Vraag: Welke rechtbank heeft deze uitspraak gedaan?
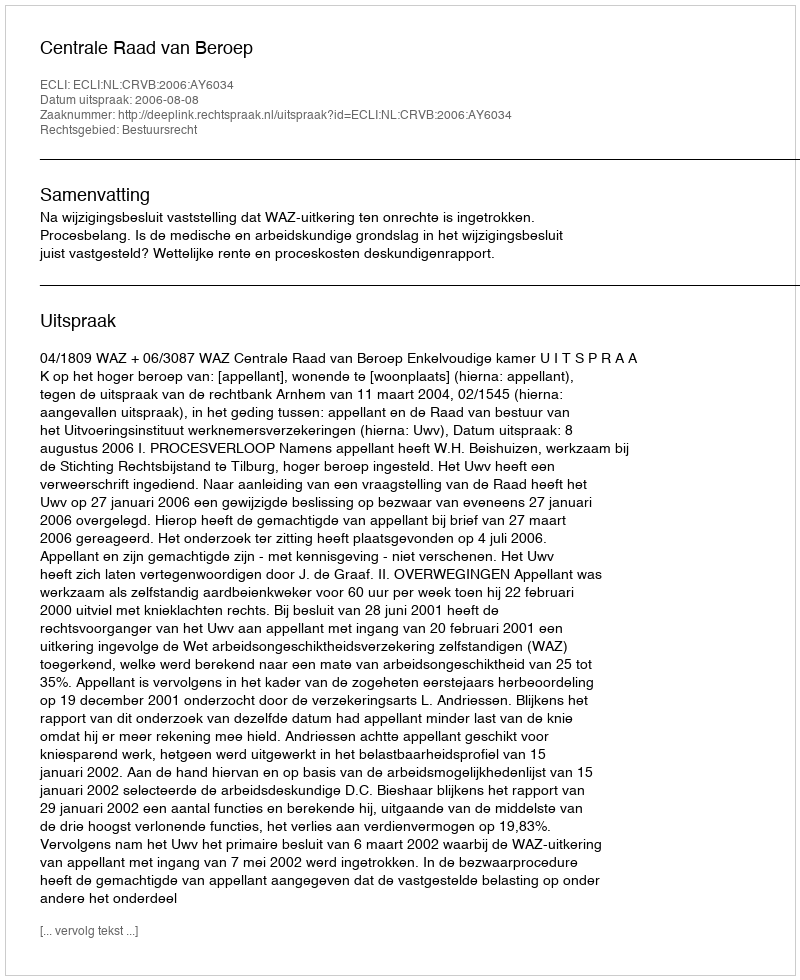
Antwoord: Centrale Raad van Beroep